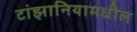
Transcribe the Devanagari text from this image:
टांझानियामधील